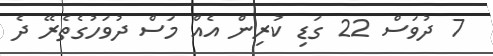
7 ދުވަސް 22 ގަޑި ކުރިން އެއް މަސް ދުވަހުގެތެރޭ ދެ